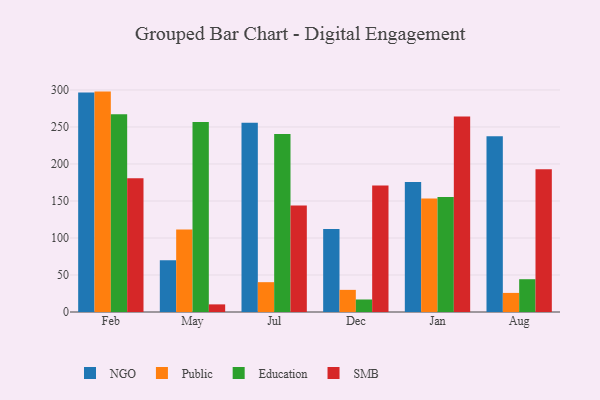
{"axis": {"x": "Month", "y": "Market Share (%)"}, "legend": ["Education", "NGO", "Public", "SMB"], "data": [{"x": "Feb", "y": 296.6, "type": "NGO"}, {"x": "Feb", "y": 297.8, "type": "Public"}, {"x": "Feb", "y": 267.3, "type": "Education"}, {"x": "Feb", "y": 180.6, "type": "SMB"}, {"x": "May", "y": 70.0, "type": "NGO"}, {"x": "May", "y": 111.6, "type": "Public"}, {"x": "May", "y": 256.8, "type": "Education"}, {"x": "May", "y": 10.3, "type": "SMB"}, {"x": "Jul", "y": 255.8, "type": "NGO"}, {"x": "Jul", "y": 40.3, "type": "Public"}, {"x": "Jul", "y": 240.6, "type": "Education"}, {"x": "Jul", "y": 144.0, "type": "SMB"}, {"x": "Dec", "y": 112.3, "type": "NGO"}, {"x": "Dec", "y": 29.9, "type": "Public"}, {"x": "Dec", "y": 16.9, "type": "Education"}, {"x": "Dec", "y": 171.0, "type": "SMB"}, {"x": "Jan", "y": 175.7, "type": "NGO"}, {"x": "Jan", "y": 153.4, "type": "Public"}, {"x": "Jan", "y": 155.4, "type": "Education"}, {"x": "Jan", "y": 264.3, "type": "SMB"}, {"x": "Aug", "y": 237.6, "type": "NGO"}, {"x": "Aug", "y": 25.8, "type": "Public"}, {"x": "Aug", "y": 44.3, "type": "Education"}, {"x": "Aug", "y": 193.0, "type": "SMB"}]}